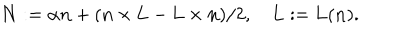
{ \bf N } : = \alpha { \bf n } + ( { \bf n } \times { \bf L } - { \bf L } \times { \bf n } ) / 2 , \quad { \bf L } : = { \bf L } ( { \bf n } ) .